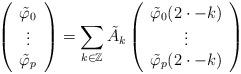
LaTeX: \begin{align*}\left ( \begin{array}{c} \tilde{\varphi}_{0} \\ \vdots \\ \tilde{\varphi}_{p} \end{array} \right ) = \sum_{k \in \mathbb{Z}} \tilde{A}_{k} \left ( \begin{array}{c} \tilde{\varphi}_{0}(2 \cdot - k) \\ \vdots \\ \tilde{\varphi}_{p}(2 \cdot - k) \end{array} \right ) \end{align*}